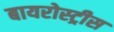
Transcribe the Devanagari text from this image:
बायरोस्ट्रीस